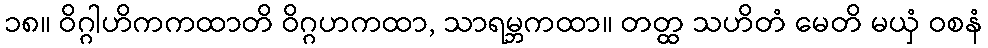
၁၈။ ဝိဂ္ဂါဟိကကထာတိ ဝိဂ္ဂဟကထာ, သာရမ္ဘကထာ။ တတ္ထ သဟိတံ မေတိ မယှံ ဝစနံ